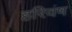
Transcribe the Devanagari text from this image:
हरिवंष